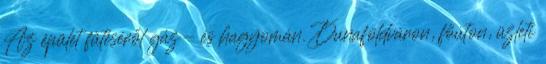
Az épület fűtéséről gáz- és hagyomán. Dunaföldváron, főúton, üzleti